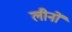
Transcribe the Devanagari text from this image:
लीनों